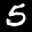
Label: 5